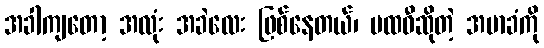
အခါကျတော့ အလုံး အခဲလေး ဖြစ်နေတယ်၊ ပထဝီဆိုတဲ့ အမာခံကို